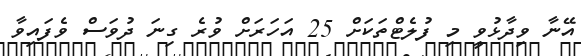
އޭނާ ވިދާޅުވީ މި ފުލެޓްތަކަށް 25 އަހަރަށް ވުރެ ގިނަ ދުވަސް ވެފައިވާ